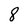
Character: 8